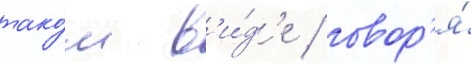
тако́м в'и́д'е / говор'я́